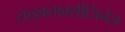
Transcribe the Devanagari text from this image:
साइक्लाक्सीजिनेज़